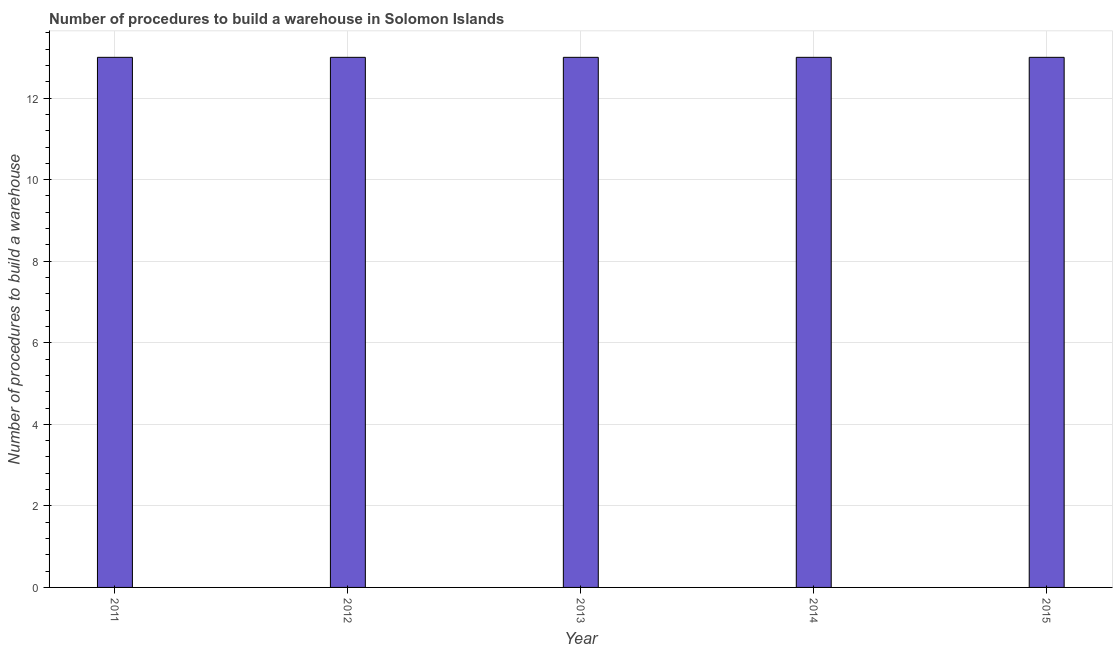
| Year | Build a warehouse |
 | --- | --- |
 | 2011 | 13 |
 | 2012 | 13 |
 | 2013 | 13 |
 | 2014 | 13 |
 | 2015 | 13 |